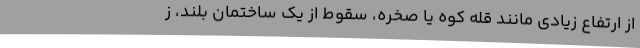
از ارتفاع زیادی مانند قله کوه یا صخره، سقوط از یک ساختمان بلند، ز